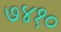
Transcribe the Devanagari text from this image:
७४१०